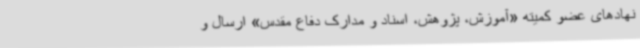
نهادهای عضو کمیته «آموزش، پژوهش، اسناد و مدارک دفاع مقدس» ارسال و